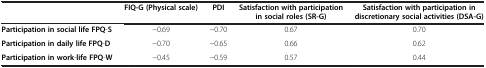
<table><thead><tr><td><b> </b></td><td><b>FIQ-G (Physical scale)</b></td><td><b>PDI</b></td><td><b>Satisfaction with participation in social roles (SR-G)</b></td><td><b>Satisfaction with participation in discretionary social activities (DSA-G)</b></td></tr></thead><tbody><tr><td><b>Participation in social life FPQ</b>-<b>S</b></td><td>−0.69</td><td>−0.70</td><td>0.67</td><td>0.70</td></tr><tr><td><b>Participation in daily life FPQ</b>-<b>D</b></td><td>−0.70</td><td>−0.65</td><td>0.66</td><td>0.62</td></tr><tr><td><b>Participation in work</b>-<b>life FPQ</b>-<b>W</b></td><td>−0.45</td><td>−0.59</td><td>0.57</td><td>0.44</td></tr></tbody></table>